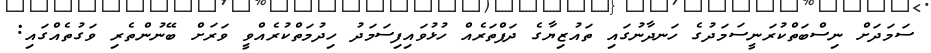
ސަމަދަށް ނިސްބަތްކުރަނީސަމަދުގެ ހަނދާނުގައި ތައުޒިޔާގެ ދަފްތަރެއް ހުޅުވައިފިސަމަދު ހިދުމަތްކުރެއްވީ ވަރަށް ބޭނުންތެރި ވަގުތެއްގައި: